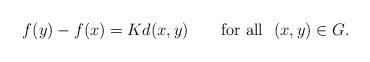
LaTeX: \begin{align*}f(y)-f(x)=Kd(x,y)\ \ \ \ \ \ \mathrm{for\ all}\ \ (x,y)\in G.\end{align*}